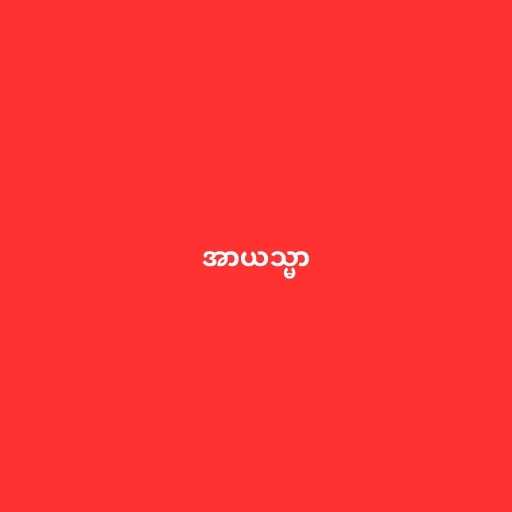
အာယသ္မာ